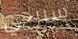
سيرجي